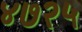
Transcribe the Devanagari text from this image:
४७२५